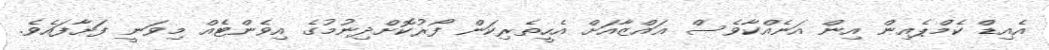
އެއިޑް ކެމްޕެއިން އިން އަނެއްކާވެސް ޣައްޒާއަށް އެހީތެރިކަން ފޯރުކޮށްދިނުމުގެ އިވެންޓެއް މިވަނީ ފަށާފައެވެ.